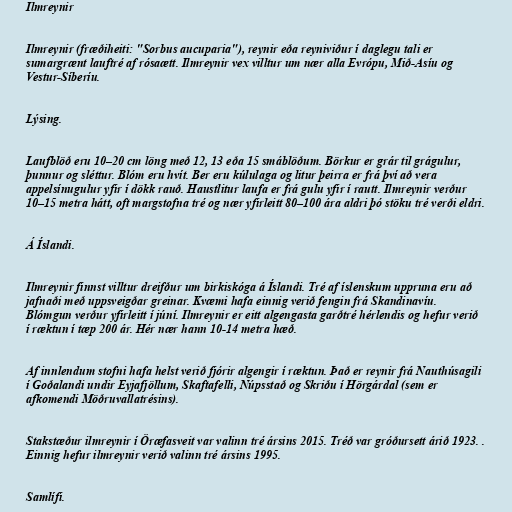
Ilmreynir

Ilmreynir (fræðiheiti: "Sorbus aucuparia"), reynir eða reyniviður í daglegu tali er
sumargrænt lauftré af rósaætt. Ilmreynir vex villtur um nær alla Evrópu, Mið-Asíu og
Vestur-Síberíu.

Lýsing.

Laufblöð eru 10–20 cm löng með 12, 13 eða 15 smáblöðum. Börkur er grár til grágulur,
þunnur og sléttur. Blóm eru hvít. Ber eru kúlulaga og litur þeirra er frá því að vera
appelsínugulur yfir í dökk rauð. Haustlitur laufa er frá gulu yfir í rautt. Ilmreynir verður
10–15 metra hátt, oft margstofna tré og nær yfirleitt 80–100 ára aldri þó stöku tré verði eldri.

Á Íslandi.

Ilmreynir finnst villtur dreifður um birkiskóga á Íslandi. Tré af íslenskum uppruna eru að
jafnaði með uppsveigðar greinar. Kvæmi hafa einnig verið fengin frá Skandinavíu.
Blómgun verður yfirleitt í júní. Ilmreynir er eitt algengasta garðtré hérlendis og hefur verið
í ræktun í tæp 200 ár. Hér nær hann 10-14 metra hæð.

Af innlendum stofni hafa helst verið fjórir algengir í ræktun. Það er reynir frá Nauthúsagili
í Goðalandi undir Eyjafjöllum, Skaftafelli, Núpsstað og Skriðu í Hörgárdal (sem er
afkomendi Möðruvallatrésins).

Stakstæður ilmreynir í Öræfasveit var valinn tré ársins 2015. Tréð var gróðursett árið 1923. .
Einnig hefur ilmreynir verið valinn tré ársins 1995.

Samlífi.